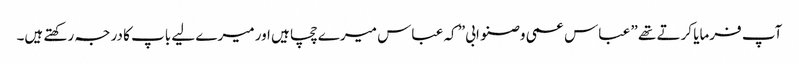
آپ فرمایا کرتے تھے ” عباس عمی وصنو ابی” کہ عباس میرے چچا ہیں اور میرے لیے باپ کا درجہ رکھتے ہیں۔